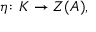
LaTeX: \eta \colon K \to Z ( A ) ,